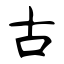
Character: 古